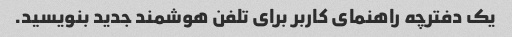
یک دفترچه راهنمای کاربر برای تلفن هوشمند جدید بنویسید.